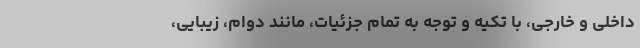
داخلی و خارجی، با تکیه و توجه به تمام جزئیات، مانند دوام، زیبایی،